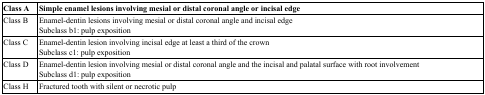
<table><thead><tr><td><b>Class A</b></td><td><b>Simple enamel lesions involving mesial or distal coronal angle or incisal edge</b></td></tr></thead><tbody><tr><td>Class B</td><td>Enamel-dentin lesions involving mesial or distal coronal angle and incisal edgeSubclass b1: pulp exposition</td></tr><tr><td>Class C</td><td>Enamel-dentin lesion involving incisal edge at least a third of the crownSubclass c1: pulp exposition</td></tr><tr><td>Class D</td><td>Enamel-dentin lesion involving mesial or distal coronal angle and the incisal and palatal surface with root involvementSubclass d1: pulp exposition</td></tr><tr><td>Class H</td><td>Fractured tooth with silent or necrotic pulp</td></tr></tbody></table>